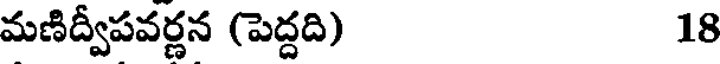
మణిద్వీపవర్ణన (పెద్దది) 18